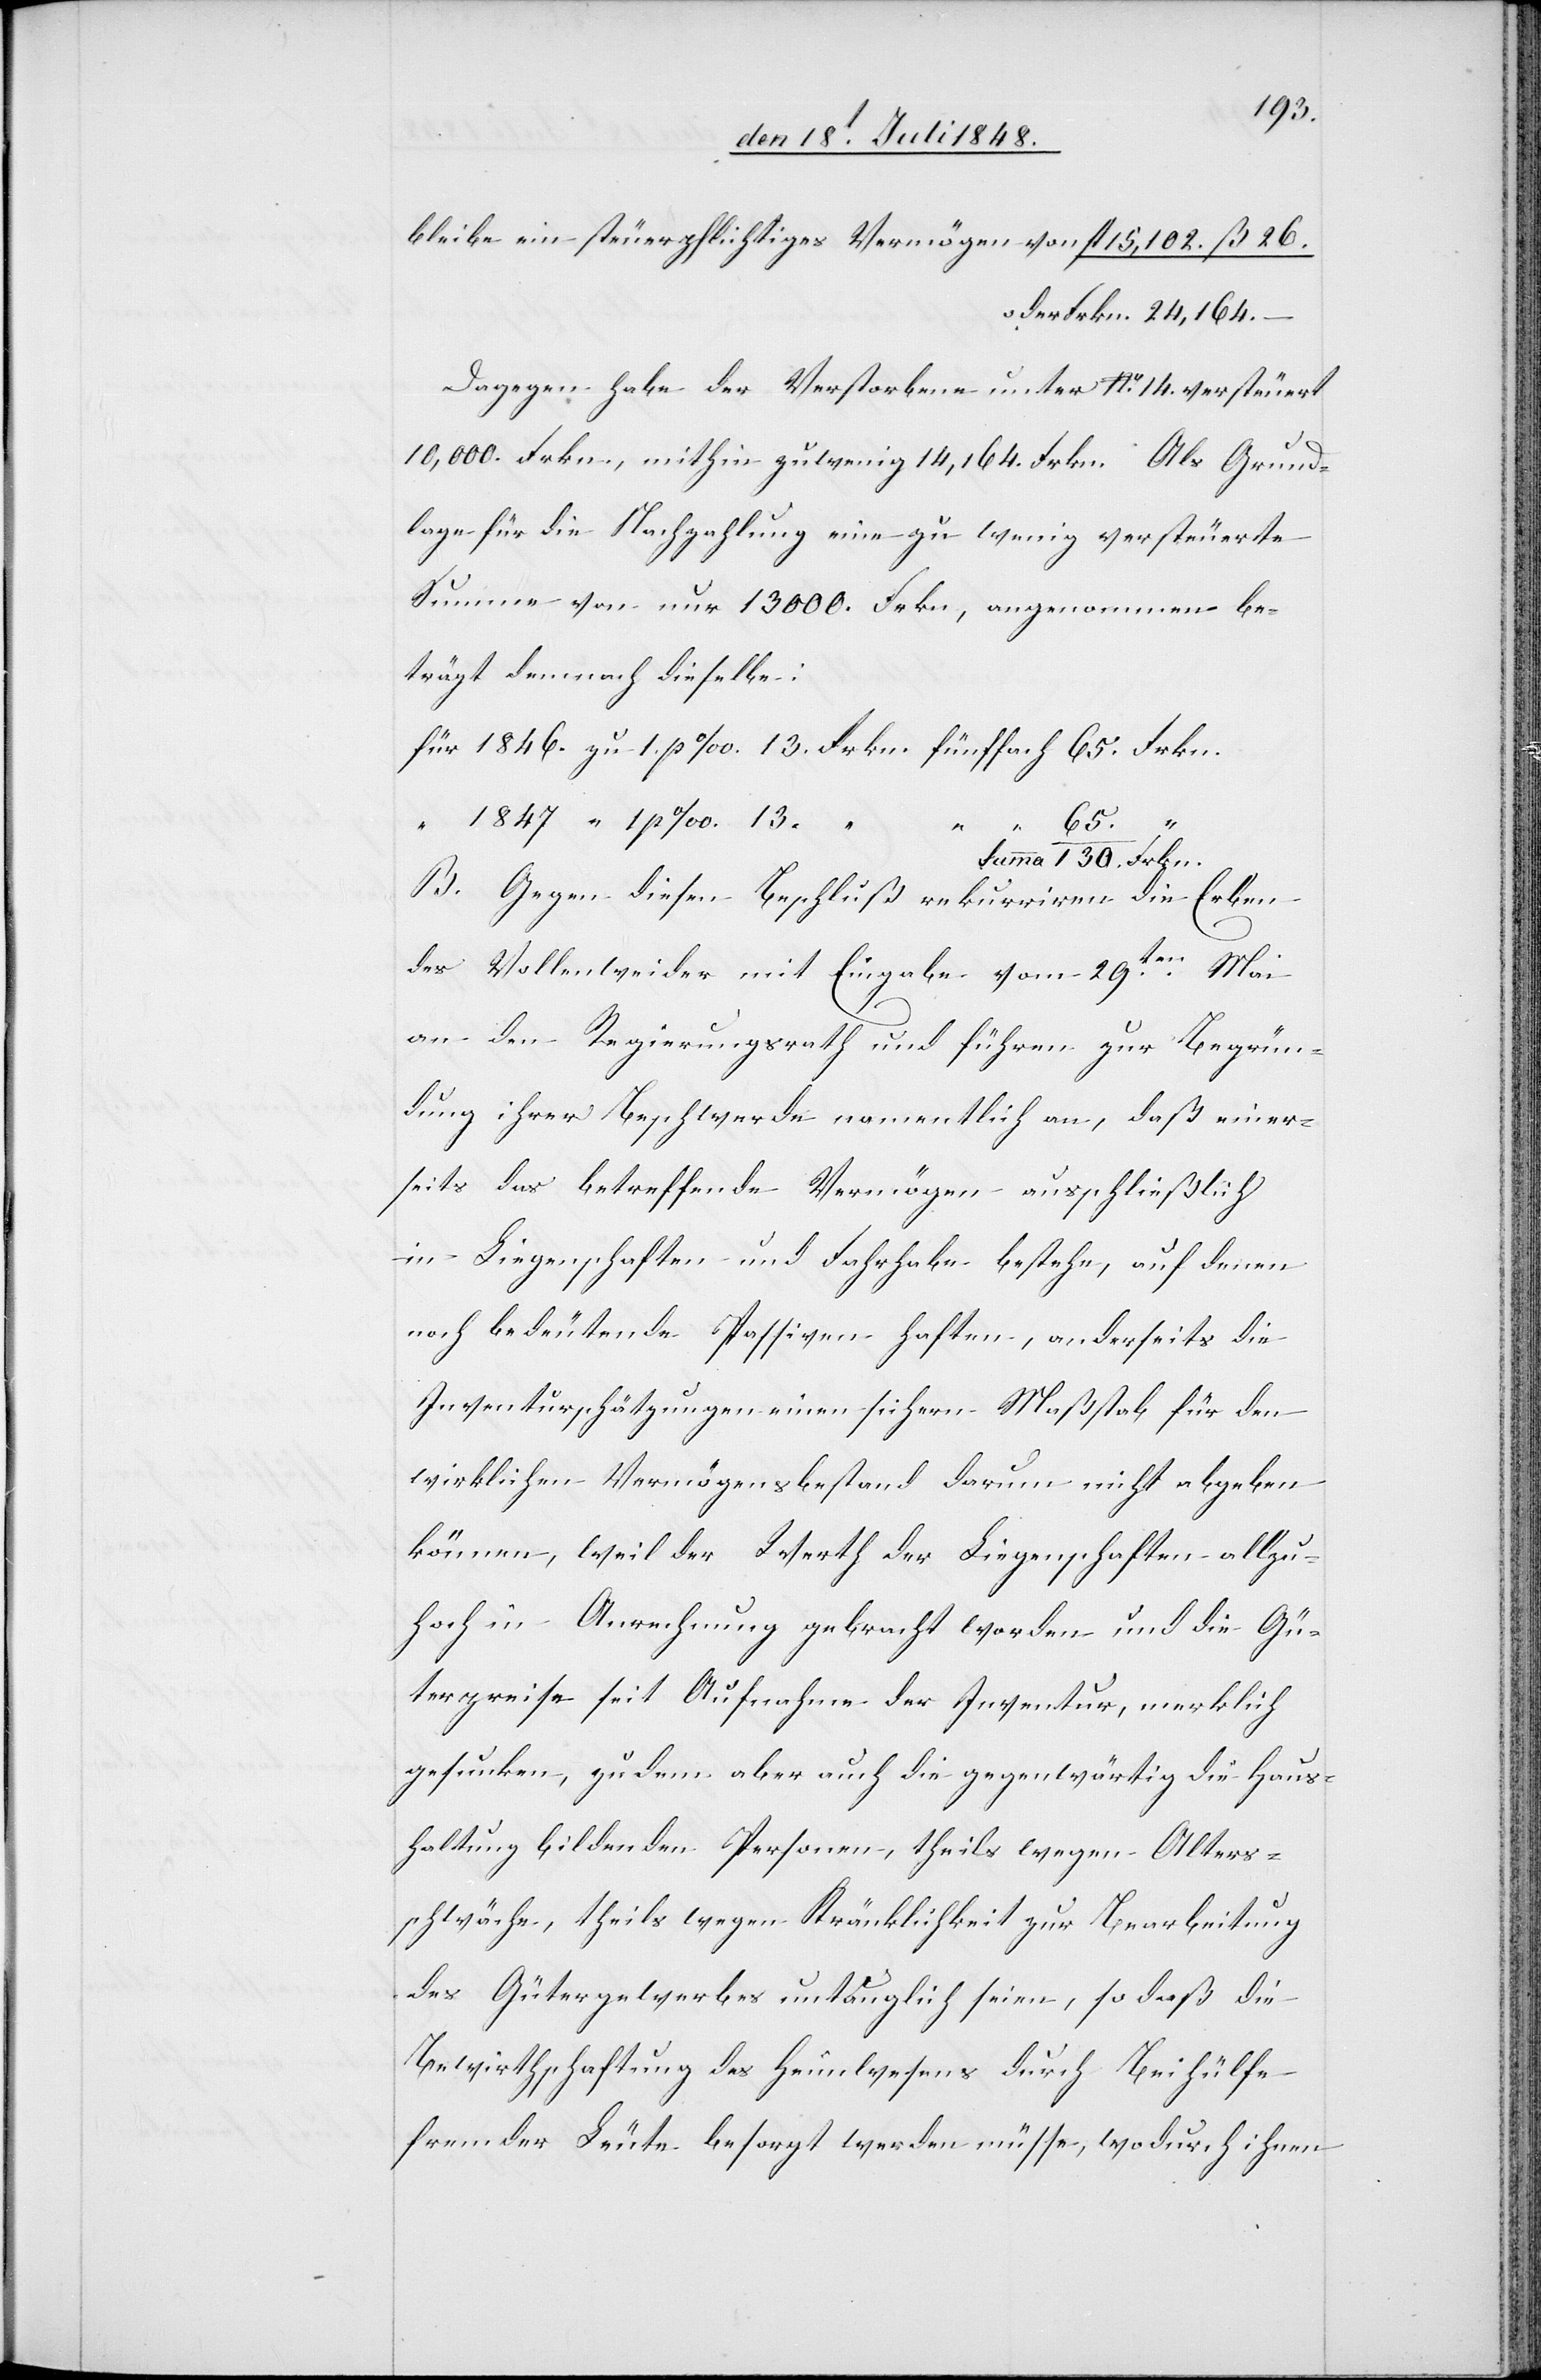
130.
bleibe ein steuerpflichtiges Vermögen von fl. 15,102. ß. 26.
oder Frkn. 24,164.
Dagegen habe der Verstorbene unter No 14. versteuert
10,000. Frkn, mithin zu wenig 14,164. Frkn. Als Grund¬
lage für die Nachzahlung eine zu wenig versteuerte
Summe von nur 13000. Frkn., angenommen be¬
trägt demnach dieselbe:
65.
B. Gegen diesen Beschluß rekurriren die Erben
des Vollenweider mit Eingabe vom 29ten Mai
an den Regierungsrath und führen zur Begrün¬
dung ihrer Beschwerde namentlich an, daß einer¬
seits das betreffende Vermögen ausschließlich
in Liegenschaften und Fahrhabe bestehe, auf denen
noch bedeutende Passiven haften, anderseits die
Inventurschätzungen einen sichern Maßstab für den
wirklichen Vermögensbestand darum nicht abgeben
können, weil der Werth der Liegenschaften allzu¬
hoch in Anrechnung gebracht worden und die Gü¬
terpreise seit Aufnahme der Inventur, merklich
gesunken, zudem aber auch die gegenwärtig die Haus¬
haltung bildenden Personen, theils wegen Alters¬
schwäche, theils wegen Kränklichkeit zur Bearbeitung
des Gütergewerbes untauglich seien, so daß die
Bewirthschaftung des Heimwesens durch Beihülfe
fremder Leute besorgt werden müsse, wodurch ihnen